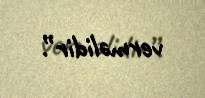
verməlidir”.